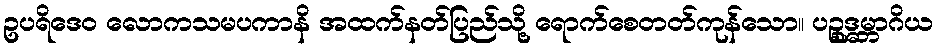
ဥပရိဒေဝ လောကသမပကာနိ အထက်နတ်ပြည်သို့ ရောက်စေတတ်ကုန်သော။ ပဉ္စုဒ္ဓမ္ဘာဂိယ